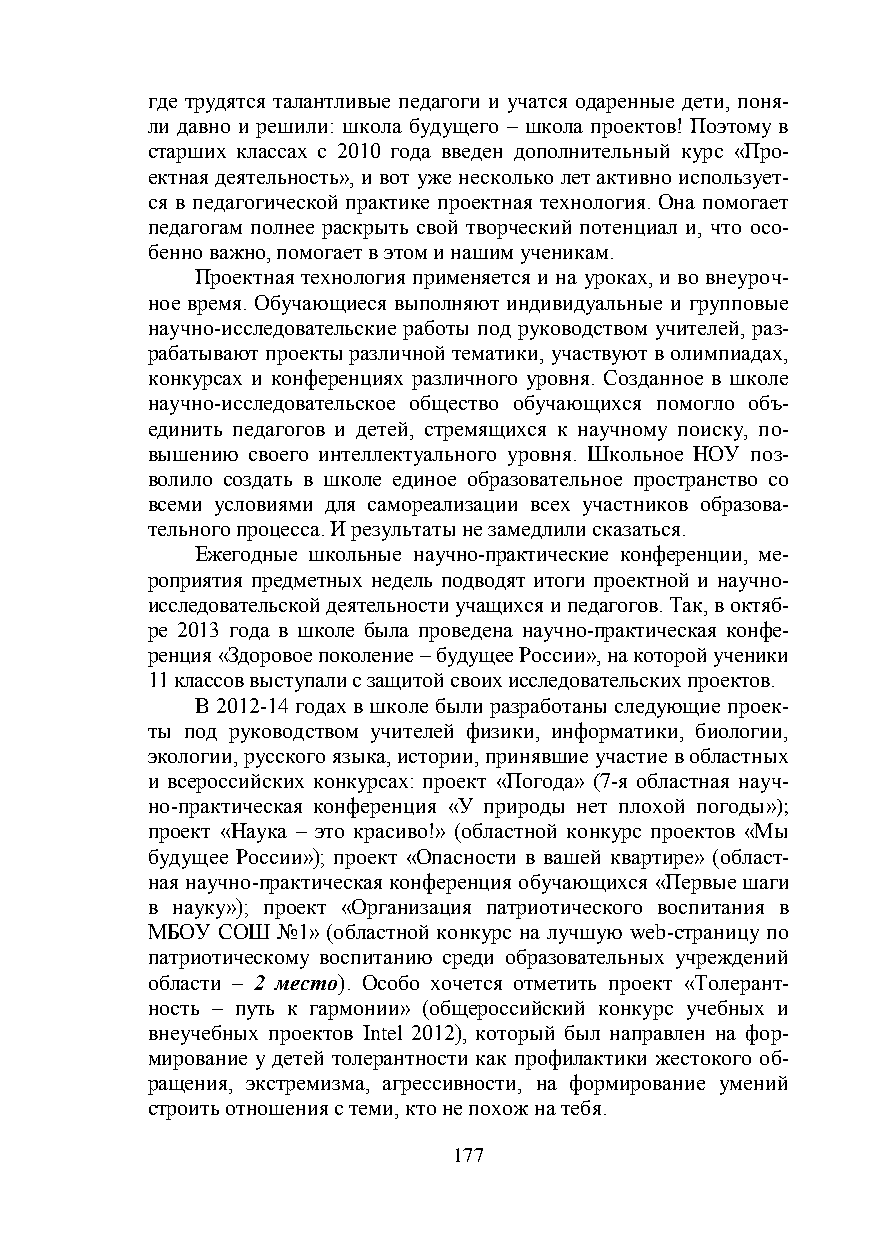
где трудятся талантливые педагоги и учатся одаренные дети, поня-
 ли давно и решили: школа будущего – школа проектов! Поэтому в
 старших классах с 2010 года введен дополнительный курс «Про-
 ектная деятельность», и вот уже несколько лет активно использует-
 ся в педагогической практике проектная технология. Она помогает
 педагогам полнее раскрыть свой творческий потенциал и, что осо-
 бенно важно, помогает в этом и нашим ученикам.
 Проектная технология применяется и на уроках, и во внеуроч-
 ное время. Обучающиеся выполняют индивидуальные и групповые
 научно-исследовательские работы под руководством учителей, раз-
 рабатывают проекты различной тематики, участвуют в олимпиадах,
 конкурсах и конференциях различного уровня. Созданное в школе
 научно-исследовательское общество обучающихся помогло объ-
 единить педагогов и детей, стремящихся к научному поиску, по-
 вышению своего интеллектуального уровня. Школьное НОУ поз-
 волило создать в школе единое образовательное пространство со
 всеми условиями для самореализации всех участников образова-
 тельного процесса. И результаты не замедлили сказаться.
 Ежегодные школьные научно-практические конференции, ме-
 роприятия предметных недель подводят итоги проектной и научно-
 исследовательской деятельности учащихся и педагогов. Так, в октяб-
 ре 2013 года в школе была проведена научно-практическая конфе-
 ренция «Здоровое поколение – будущее России», на которой ученики
 11 классов выступали с защитой своих исследовательских проектов.
 В 2012-14 годах в школе были разработаны следующие проек-
 ты под руководством учителей физики, информатики, биологии,
 экологии, русского языка, истории, принявшие участие в областных
 и всероссийских конкурсах: проект «Погода» (7-я областная науч-
 но-практическая конференция «У природы нет плохой погоды»);
 проект «Наука – это красиво!» (областной конкурс проектов «Мы
 будущее России»); проект «Опасности в вашей квартире» (област-
 ная научно-практическая конференция обучающихся «Первые шаги
 в науку»); проект «Организация патриотического воспитания в
 МБОУ СОШ №1» (областной конкурс на лучшую web-страницу по
 патриотическому воспитанию среди образовательных учреждений
 области – 2 место). Особо хочется отметить проект «Толерант-
 ность – путь к гармонии» (общероссийский конкурс учебных и
 внеучебных проектов Intel 2012), который был направлен на фор-
 мирование у детей толерантности как профилактики жестокого об-
 ращения, экстремизма, агрессивности, на формирование умений
 строить отношения с теми, кто не похож на тебя.
 177